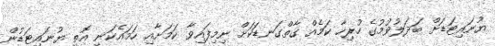
ޔުނައިޓަޑަށް ބަދަލުވުމުގެ ހުރިހާ ކަމެއް ގާތްގަނޑަކަށް ނިމިފައިވާ ކަމަށާއި ހަމައެކަނި އޮތީ ޔުނައިޓަޑުން